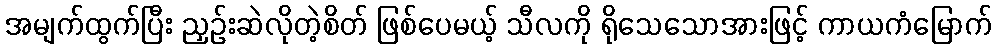
အမျက်ထွက်ပြီး ညှဉ်းဆဲလိုတဲ့စိတ် ဖြစ်ပေမယ့် သီလကို ရိုသေသောအားဖြင့် ကာယကံမြောက်